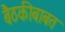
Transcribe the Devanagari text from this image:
बैठकीबाबत